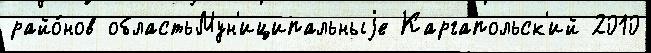
райо́нов областьМун'иципальныjе Каргапольск'ий 2010